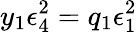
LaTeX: y_{1}\epsilon_{4}^{2}=q_{1}\epsilon_{1}^{2}